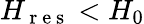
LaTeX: H_{\mathrm{~r~e~s~}}<H_{0}